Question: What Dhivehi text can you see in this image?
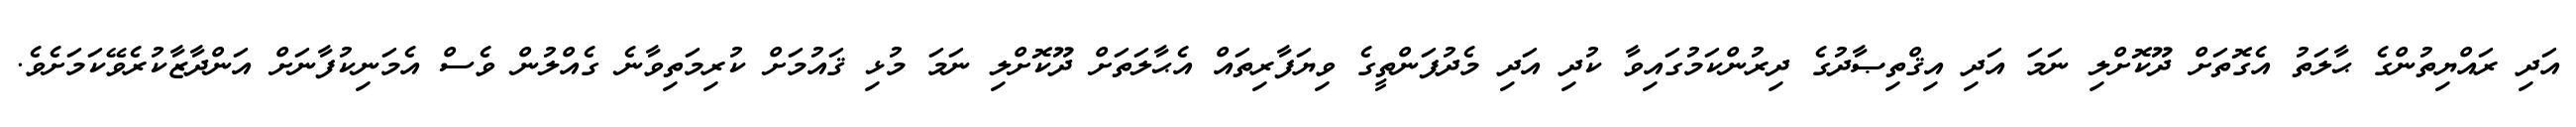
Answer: އަދި ރައްޔިތުންގެ ޙާލަތު އެގޮތަށް ދޫކޮށްލި ނަމަ އަދި އިޤްތިޞާދުގެ ދިރުންކަމުގައިވާ ކުދި އަދި މެދުފަންތީގެ ވިޔަފާރިތައް އެޙާލަތަށް ދޫކޮށްލި ނަމަ މުޅި ޤައުމަށް ކުރިމަތިވާނެ ގެއްލުން ވެސް އެމަނިކުފާނަށް އަންދާޒާކުރެވޭކަމަށެވެ.